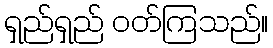
ရှည်ရှည် ဝတ်ကြသည်။